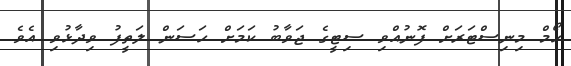
ހޯމް މިނިސްޓަރަށް ފޮނުއްވި ސިޓީގެ ޖަވާބު ކަމަށް ހަސަން ލަތީފު ވިދާޅުވި އެވެ.